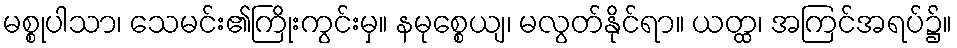
မစ္စုပါသာ၊ သေမင်း၏ကြိုးကွင်းမှ။ နမုစ္စေယျ၊ မလွတ်နိုင်ရာ။ ယတ္ထ၊ အကြင်အရပ်၌။